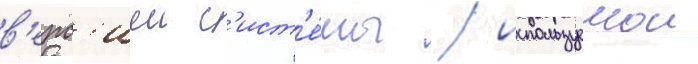
в'ерс'иеи с'ист'е́мы / используемои